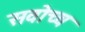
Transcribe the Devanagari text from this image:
सवोच्च